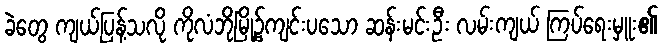
ခဲတွေ ကျယ်ပြန့်သလို ကိုလံဘိုမြို့၌ကျင်းပသော ဆန်းမင်းဦး လမ်းကျယ် ကြပ်ရေးမှူး၏